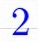
2